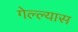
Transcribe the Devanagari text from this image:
गेल्ल्यास